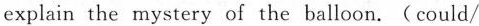
explain the mystery of the balloon.(could/